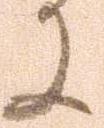
に